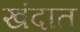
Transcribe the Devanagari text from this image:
खंदात